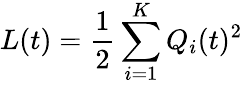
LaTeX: L(t)={\frac{1}{2}}\sum_{i=1}^{K}Q_{i}(t)^{2}